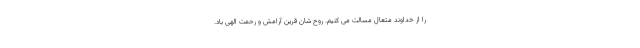
را از خداوند متعال مسالت می کنیم. روح شان قرین آرامش و رحمت الهی باد.